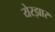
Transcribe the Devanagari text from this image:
येरझार